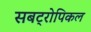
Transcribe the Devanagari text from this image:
सबट्रोपिकल